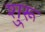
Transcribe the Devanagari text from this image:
शु्रू